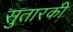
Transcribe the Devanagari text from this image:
सुतारकी